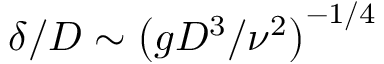
\delta / D \sim \left( g D ^ { 3 } / \nu ^ { 2 } \right) ^ { - 1 / 4 }